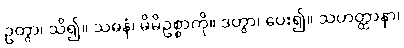
ဥတွာ၊ သိ၍။ သဓနံ၊ မိမိဥစ္စာကို။ ဒတွာ၊ ပေး၍။ သဟတ္ထာနာ၊